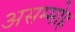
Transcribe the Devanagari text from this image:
असम्मोह